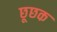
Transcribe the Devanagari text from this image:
छूछक